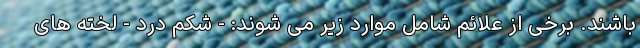
باشند. برخی از علائم شامل موارد زیر می شوند: - شکم درد - لخته های